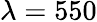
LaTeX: \lambda=550